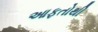
આફતોથી